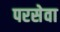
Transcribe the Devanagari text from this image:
परसेवा